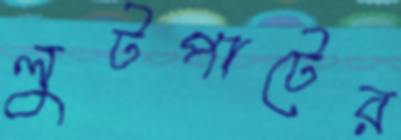
লুটপাটের